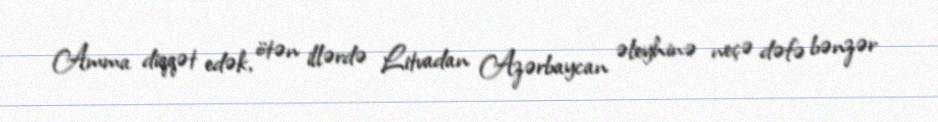
Amma diqqət edək, ötən illərdə Litvadan Azərbaycan əleyhinə neçə dəfə bənzər